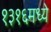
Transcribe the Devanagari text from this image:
१३१६मध्ये